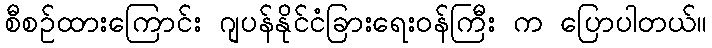
စီစဉ်ထားကြောင်း ဂျပန်နိုင်ငံခြားရေးဝန်ကြီး က ပြောပါတယ်။